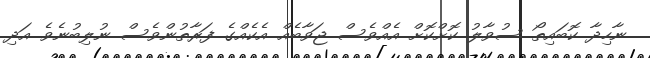
ނާހިދާ ކޮބައިތޯ ސުވާލު ކޮށްކޮށް އެއްވެސް ޖަވާބެއް އެކެއްގެ ފަރާތުންވެސް ނުލިބުނެވެ އަދި